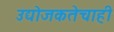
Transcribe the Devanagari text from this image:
उद्योजकतेचाही